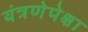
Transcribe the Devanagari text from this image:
यंत्रणेपेक्षा